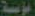
مؤسسة